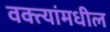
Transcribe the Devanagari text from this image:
वक्त्यांमधील